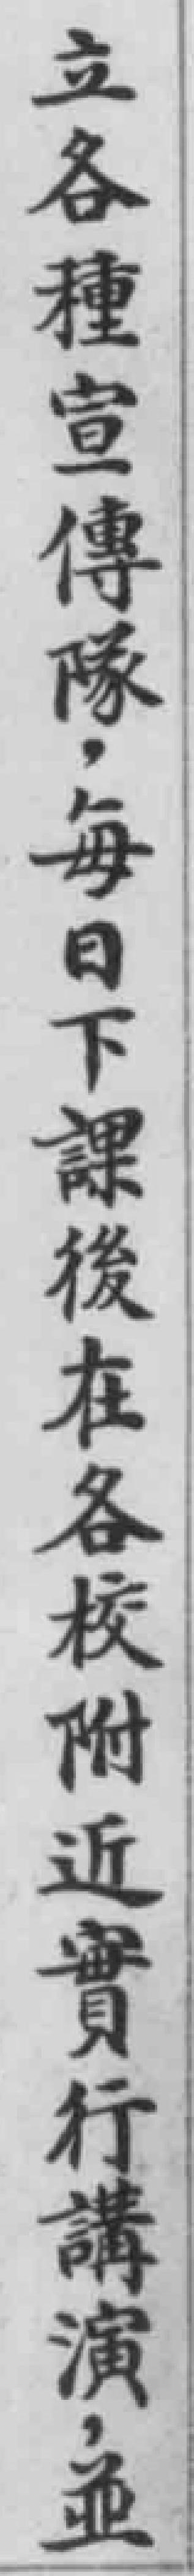
立各種宣傳隊，每日下課後在各校附近實行講演，並